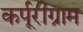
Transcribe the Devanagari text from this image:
कर्पूरीग्राम